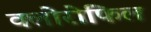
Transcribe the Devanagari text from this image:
क्‍लोरोफिल